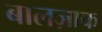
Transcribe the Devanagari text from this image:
बालज़ाक